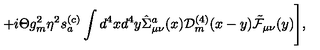
+ i \Theta g _ { m } ^ { 2 } \eta ^ { 2 } s _ { a } ^ { ( c ) } \int d ^ { 4 } x d ^ { 4 } y \hat { \Sigma } _ { \mu \nu } ^ { a } ( x ) { \cal D } _ { m } ^ { ( 4 ) } ( x - y ) \tilde { \cal F } _ { \mu \nu } ( y ) \Biggr ] ,